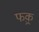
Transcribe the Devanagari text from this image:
फक़्र